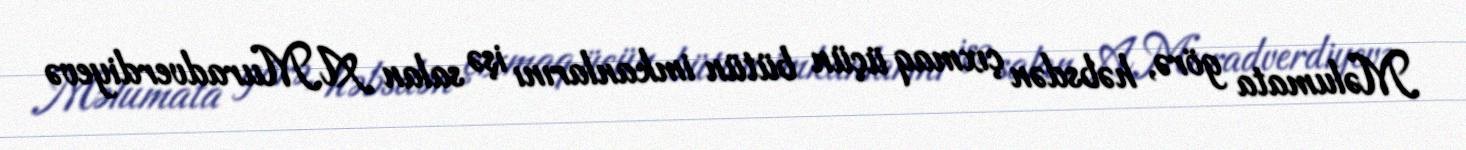
Məlumata görə, həbsdən çıxmaq üçün bütün imkanlarını işə salan A.Muradverdiyevə